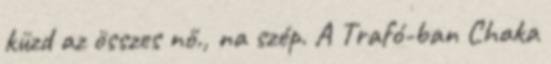
küzd az összes nő., na szép. A Trafó-ban Chaka